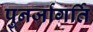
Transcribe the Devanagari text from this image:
पुनर्जागर्ति